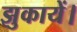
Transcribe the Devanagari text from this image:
झुकायें।